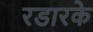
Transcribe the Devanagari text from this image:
रडारके